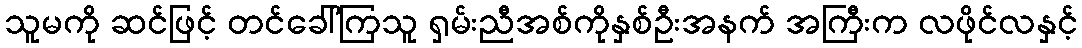
သူမကို ဆင်ဖြင့် တင်ခေါ်ကြသူ ရှမ်းညီအစ်ကိုနှစ်ဦးအနက် အကြီးက လဖိုင်လနှင့်